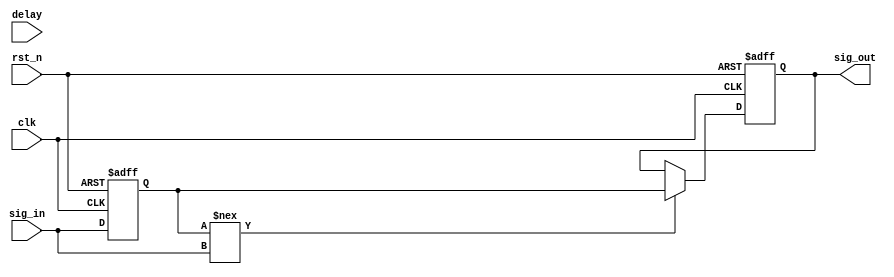
module delay_signal (
    input wire clk,           // Clock signal for synchronization
    input wire rst_n,        // Active low reset
    input wire sig_in,       // Input signal to be delayed
    input wire [31:0] delay, // Delay time in simulation time units (for demonstration purposes)
    output reg sig_out       // Delayed output signal
);

    // Internal signal to track the current signal state
    reg sig_in_reg;

    // Always block to capture the input signal and initiate the delay
    always @(posedge clk or negedge rst_n) begin
        if (!rst_n) begin
            sig_in_reg <= 1'b0;
            sig_out <= 1'b0;
        end else begin
            sig_in_reg <= sig_in;
            // Start the delay process when input changes
            if (sig_in_reg !== sig_in) begin
                // Delaying the signal using a non-blocking assignment
                #(delay) sig_out <= sig_in_reg;
            end
        end
    end

endmodule